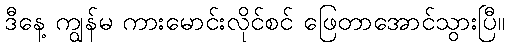
ဒီနေ့ ကျွန်မ ကားမောင်းလိုင်စင် ဖြေတာအောင်သွားပြီ။